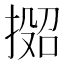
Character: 𫽟